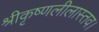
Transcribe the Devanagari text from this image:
श्रीकृष्णलीलास्तव।